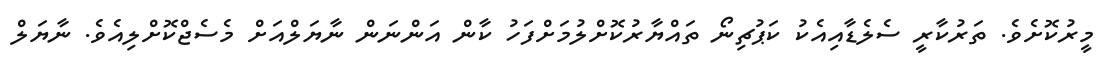
މީރުކޮށެވެ. ތަރުކާރީ ސެލެޑާއިއެކު ކަޕުޗިނޯ ތައްޔާރުކޮށްލުމަށްފަހު ކާން އަންނަން ނާޔަލްއަށް މެސެޖްކޮށްލިއެވެ. ނާޔަލް